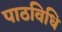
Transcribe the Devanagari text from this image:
पाठविधि